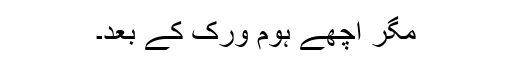
مگر اچھے ہوم ورک کے بعد۔